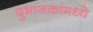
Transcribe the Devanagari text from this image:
दुभाजकांमध्ये